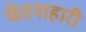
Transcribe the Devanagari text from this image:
चेतनाहारी